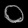
Digit: ၀